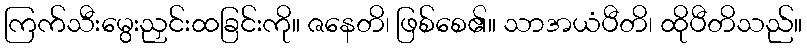
ကြက်သီးမွေးညှင်းထခြင်းကို။ ဇနေတိ၊ ဖြစ်စေ၏။ သာအယံပီတိ၊ ထိုပီတိသည်။